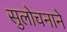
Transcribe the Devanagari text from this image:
सुलोचनाने